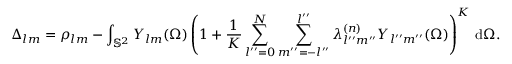
\Delta _ { l m } = \rho _ { l m } - \int _ { \mathbb { S } ^ { 2 } } Y _ { l m } ( \Omega ) \left( 1 + \frac { 1 } { K } \sum _ { l ^ { \prime \prime } = 0 } ^ { N } \sum _ { m ^ { \prime \prime } = - l ^ { \prime \prime } } ^ { l ^ { \prime \prime } } \lambda _ { l ^ { \prime \prime } m ^ { \prime \prime } } ^ { ( n ) } Y _ { l ^ { \prime \prime } m ^ { \prime \prime } } ( \Omega ) \right) ^ { K } \, \mathrm { d } \Omega .